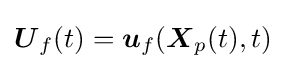
{\boldsymbol {U}}_{f}(t)={\boldsymbol {u}}_{f}({\boldsymbol {X}}_{p}(t),t)